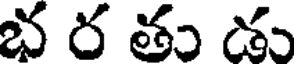
భ ర తు డు